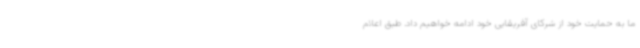
ما به حمایت خود از شرکای آفریقایی‌ خود ادامه خواهیم داد. طبق اعلام